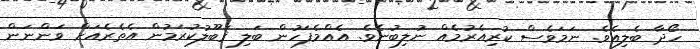
ހޯދާ ބެލިއެވެ. ނަމަވެސް ކުރިއެރުމެއް ނުލިބުނެވެ. އެއްމެފަހުން ބަލި ޤަބޫލުކުރަމުން އެތެރެއަށް ވަންނަން